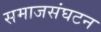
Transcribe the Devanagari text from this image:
समाजसंघटन